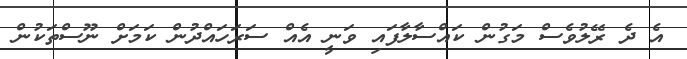
އެ ދެ ރޭލުވެސް މަގުން ކައްސާލާފައި ވަނީ އެއް ސަރަހައްދުން ކަމަށް ނޫސްތަކުން